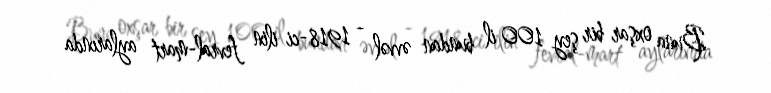
Buna oxşar bir şey 100 il bundan əvvəl - 1918-ci ilin fevral-mart aylarında